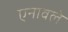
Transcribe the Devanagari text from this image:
एनावले